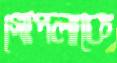
গোপলাকে